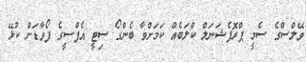
ވޭލްސްގެ ސެމީ ޕްރޮފެޝަނަލް ކްލަބެއް ކަމަށްވާ ބެންގޯ ސިޓީ އެފްސީގެ ފޯވާޑަށް ކުޅޭ